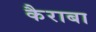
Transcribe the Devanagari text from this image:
कैराबा